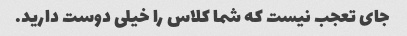
جای تعجب نیست که شما کلاس را خیلی دوست دارید.